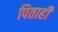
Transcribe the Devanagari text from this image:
पिताही